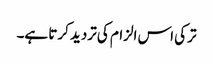
ترکی اس الزام کی تردید کرتا ہے۔